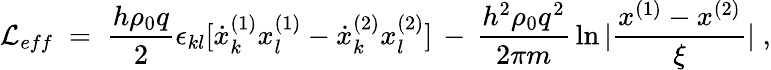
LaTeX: {\mathcal L}_{eff}\; =\; \frac{h\rho_{0}q}{2}\epsilon_{kl}[\dot{x}_{k}^{(1)}x_{l}^{(1)}-\dot{x}_{k}^{(2)}x_{l}^{(2)}]\, -\, \frac{h^{2}\rho_{0}q^{2}}{2\pi m}\, \ln|\frac{x^{(1)}-x^{(2)}}{\xi}|\; ,